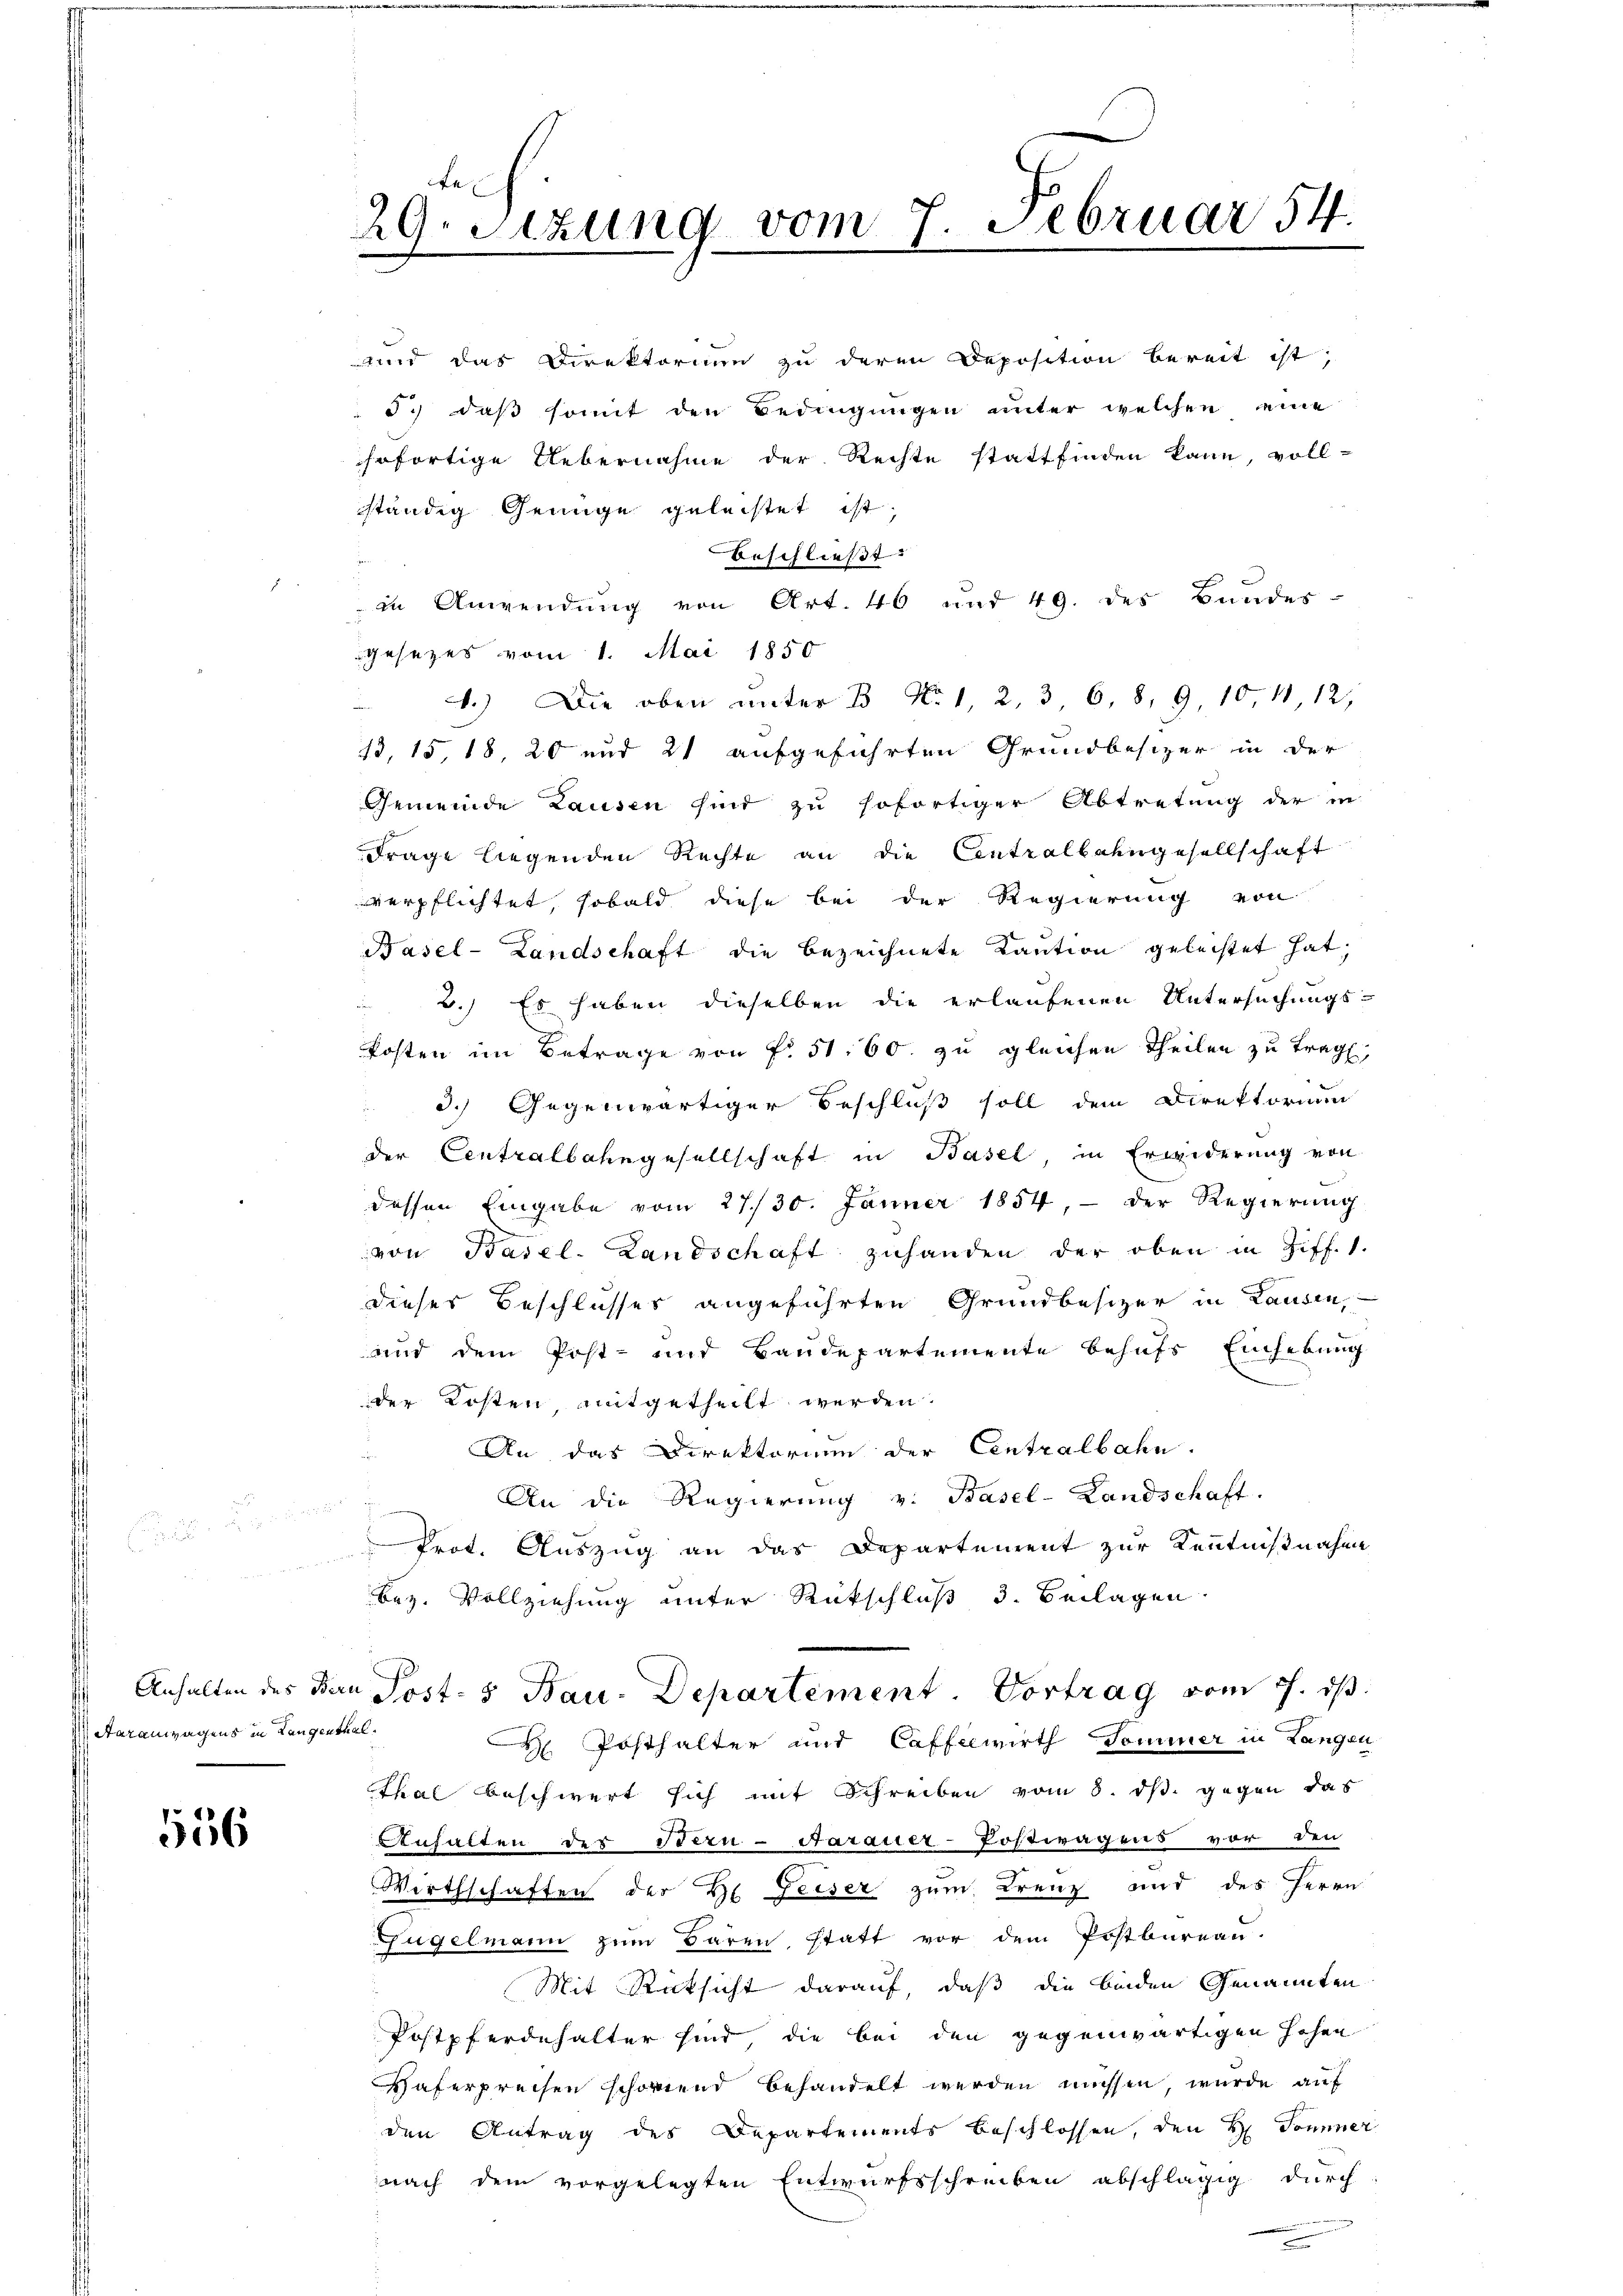
Aarauwagens in Langenthal

556

und das Direktorium zu deren Deposition bereit ist,

29. Sitzung vom 7. Februar 54.

5.) daß somit den Bedingungen unter welchen eine
sofortige Uebernahme der Rechte stattfinden kann, voll-
ständig Genüge geleistet ist.
beschließt: |
in Anwendung von Art. 46 und 49. des Bundes-
Gesezes vom 1. Mai 1850
 1.) Die oben unter B No 1, 2, 3, 6, 8, 9, 10 11, 12,
13, 15, 18, 20 und 21 aufgeführten Grundbesizer in der
Gemeinde Lausen sind zu sofortiger Abtretung der in
Frage liegenden Rechte an die Centralbahngesellschaft
verpflichtet, sobald diese bei der Regierung von
Basel-Landschaft die bezeichnete Kaution geleistet hat;
 2.) Es haben dieselben die erlaufenen Untersuchungs-
kosten im Betrage von fr. 51. 60. zu gleichen Theilen zu trag,
3.) Gegenwärtiger Beschluß soll dem Direktorium
der Centralbahngesellschaft in Basel in Erwiderung von
dessen Eingabe vom 27./30. Jänner 1854, - der Regierŭng
von Basel-Landschaft zuhanden der oben in Ziff. 1.
dieses Beschlusses angeführten Grundbesizer in Landen,
und dem Post- und Baudepartemente behufs Einhebung
der Kosten, mitgetheilt werden.
An das Direktorium der Centralbahn.
An die Regierung v. Basel-Landschaft.
Prot. Auszug an das Departement zur Kenntnißnahme
bez. Vollziehung unter Rückschluß 3. Beilagen
Anhalten des Bern Post- 5 Bau-Departement. Vortrag vom 7. ds.
 Posthalter und Caffelwirth Dominer in Langen
Thal beschwert sich mit Schreiben vom 8. ds. gegen das
Anhalten des Stern-Aarauer-Postwagens vor den
Wirthschaften der H. Geiser zum Krenz und des Herrn
Fügelmann zum Baren, statt vor dem Postbureau.
Mit Rücksicht darauf, daß die beiden Genannten
Postpferdehalter sind, die bei den gegenwärtigen Hohen
Haferpreisen schönend behandelt werden müssen, wurde auf
den Antrag des Departements beschlossen, den H. Tonner
nach dem vorgelegten Entwurfsschreiben abschlägig durch